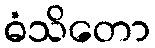
ဓံသိတော